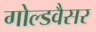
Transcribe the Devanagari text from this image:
गोल्डवैसर